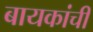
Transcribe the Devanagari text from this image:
बायकांचीं